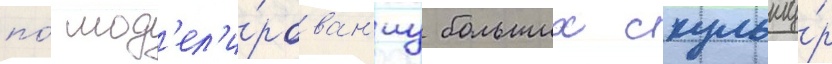
по́ мод'ел'и́рован'иу больших скульпту́р